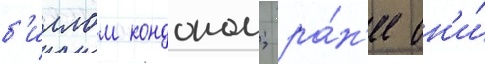
б'иллом кондоном; ра́н'ее он'и́